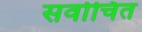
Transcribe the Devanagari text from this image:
सर्वोचित